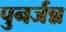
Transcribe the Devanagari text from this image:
पुनर्जन्न